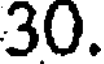
30.